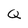
Character: Q